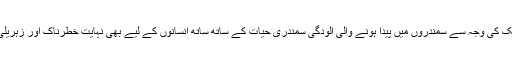
پلاسٹک کی وجہ سے سمندروں میں پیدا ہونے والی آلودگی سمندری حیات کے ساتھ ساتھ انسانوں کے لیے بھی نہایت خطرناک اور زہریلی ہے۔